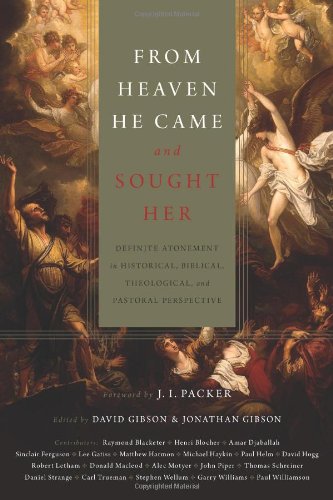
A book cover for From Heaven He Came and Sought Her: Definite Atonement in Historical, Biblical, Theological, and Pastoral Perspective; Christian Books & Bibles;